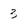
Character: 3